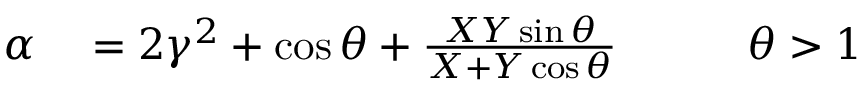
\begin{array} { r l r } { \alpha } & { { } = 2 \gamma ^ { 2 } + \cos \theta + \frac { X Y \sin \theta } { X + Y \cos \theta } \qquad } & { \theta > 1 } \end{array}